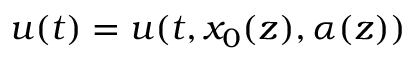
u ( t ) = u ( t , x _ { 0 } ( z ) , \alpha ( z ) )